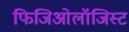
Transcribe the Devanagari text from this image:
फिजिओलॉजिस्ट